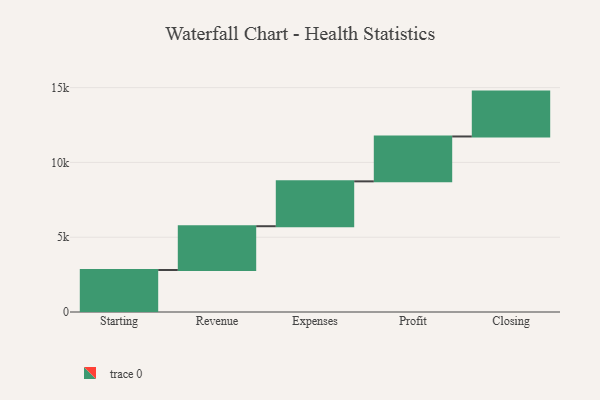
{"axis": {"x": "Step", "y": "Value"}, "legend": [""], "data": [{"x": "Starting", "y": 2809.0, "type": ""}, {"x": "Revenue", "y": 2926.0, "type": ""}, {"x": "Expenses", "y": 3000, "type": ""}, {"x": "Profit", "y": 3000, "type": ""}, {"x": "Closing", "y": 3000, "type": ""}]}